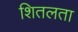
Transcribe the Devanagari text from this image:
शितलता